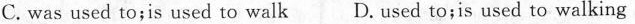
C. was used to;is used to walk D.used to;is used to walking